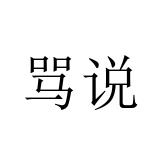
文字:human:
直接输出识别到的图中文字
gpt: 骂说